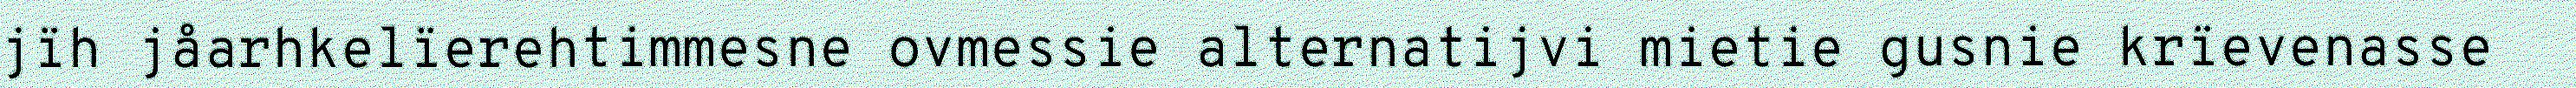
jïh jåarhkelïerehtimmesne ovmessie alternatijvi mietie gusnie krïevenasse